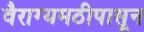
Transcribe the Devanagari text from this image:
वैराग्यमठीपासून